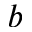
b